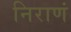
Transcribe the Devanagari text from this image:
निराणं